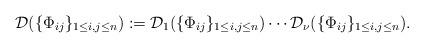
LaTeX: \begin{align*}\mathcal{D}(\{\Phi_{ij}\}_{1 \leq i,j \leq n}):=\mathcal{D}_{1}(\{\Phi_{ij}\}_{1 \leq i,j \leq n}) \cdots \mathcal{D}_{\nu}(\{\Phi_{ij}\}_{1 \leq i,j \leq n}).\end{align*}